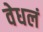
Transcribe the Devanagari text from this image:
वेधलं